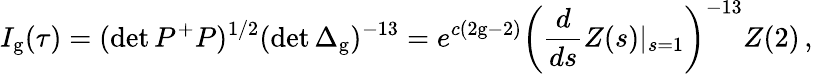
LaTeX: I_{\mathrm{g}}(\tau)=(\operatorname*{det}P^{+}P)^{1/2}(\operatorname*{det}\Delta_{\mathrm{g}})^{-13}=e^{c(2\mathrm{g}-2)}\left(\frac{d}{ds}Z(s)|_{s=1}\right)^{-13}Z(2)\, ,